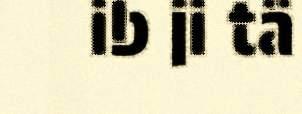
ib ji tä